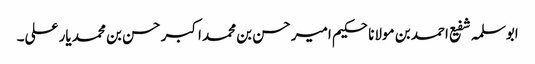
ابوسلمہ شفیع احمد بن مولانا حکیم امیر حسن بن محمد اکبر حسن بن محمد یار علی۔